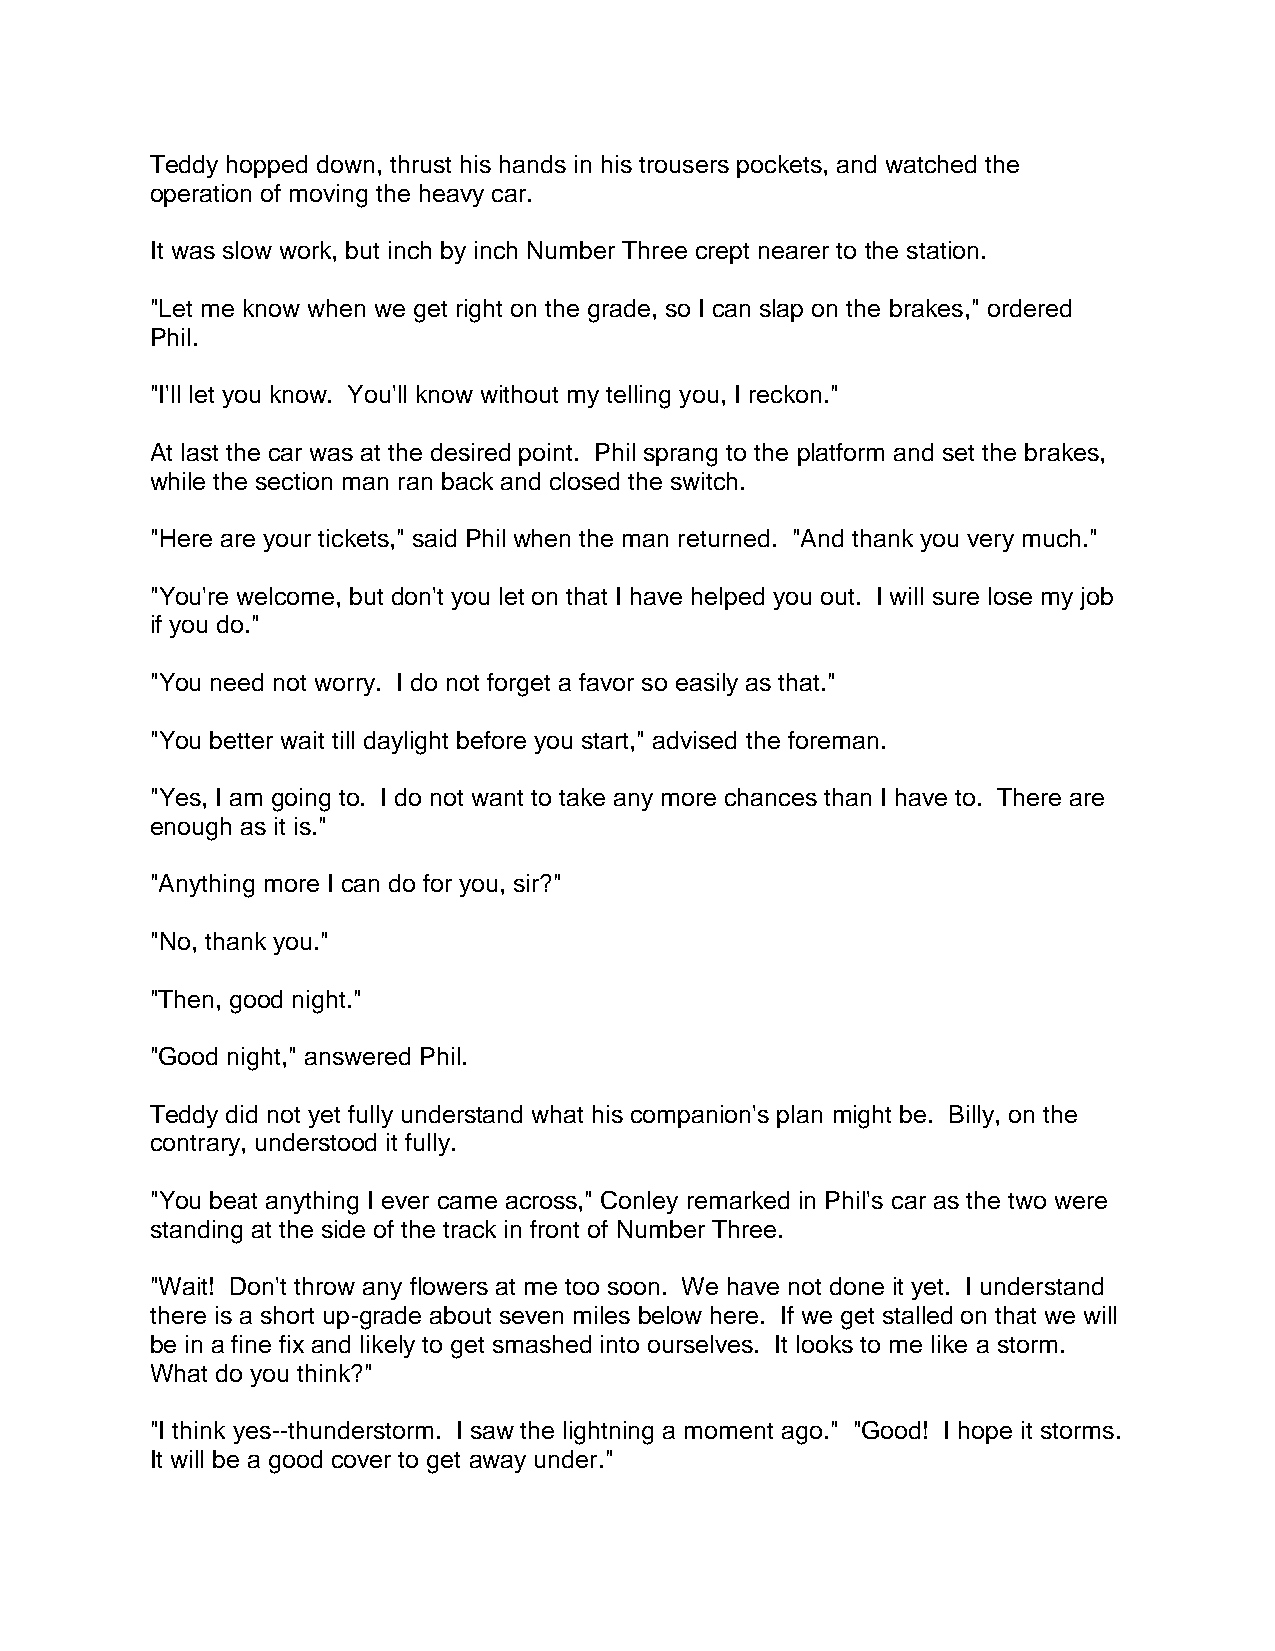
Teddy hopped down, thrust his hands in his trousers pockets, and watched the
 operation of moving the heavy car.
 It was slow work, but inch by inch Number Three crept nearer to the station.
 "Let me know when we get right on the grade, so I can slap on the brakes," ordered
 Phil.
 "I'll let you know. You'll know without my telling you, I reckon."
 At last the car was at the desired point. Phil sprang to the platform and set the brakes,
 while the section man ran back and closed the switch.
 "Here are your tickets," said Phil when the man returned. "And thank you very much."
 "You're welcome, but don't you let on that I have helped you out. I will sure lose my job
 if you do."
 "You need not worry. I do not forget a favor so easily as that."
 "You better wait till daylight before you start," advised the foreman.
 "Yes, I am going to. I do not want to take any more chances than I have to. There are
 enough as it is."
 "Anything more I can do for you, sir?"
 "No, thank you."
 "Then, good night."
 "Good night," answered Phil.
 Teddy did not yet fully understand what his companion's plan might be. Billy, on the
 contrary, understood it fully.
 "You beat anything I ever came across," Conley remarked in Phil's car as the two were
 standing at the side of the track in front of Number Three.
 "Wait! Don't throw any flowers at me too soon. We have not done it yet. I understand
 there is a short up-grade about seven miles below here. If we get stalled on that we will
 be in a fine fix and likely to get smashed into ourselves. It looks to me like a storm.
 What do you think?"
 "I think yes--thunderstorm. I saw the lightning a moment ago." "Good! I hope it storms.
 It will be a good cover to get away under."